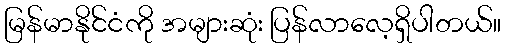
မြန်မာနိုင်ငံကို အများဆုံး ပြန်လာလေ့ရှိပါတယ်။